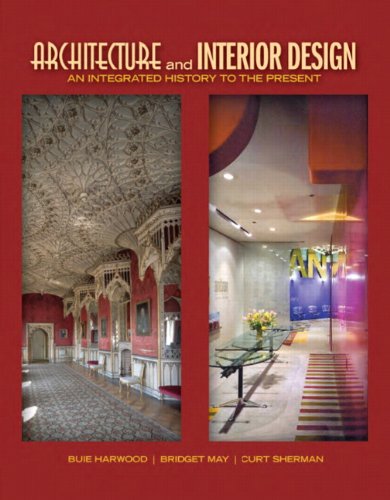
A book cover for Architecture and Interior Design: An Integrated History to the Present (Fashion Series); Buie Harwood; Arts & Photography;